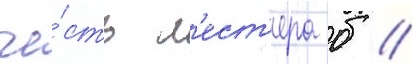
че́сть л'ест'ера б //